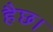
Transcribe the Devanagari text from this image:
हैछ।